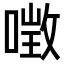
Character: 𠼌